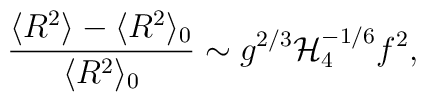
\frac{\langle R^2 \rangle - \langle R^2 \rangle_0}{\langle R^2 \rangle_0}\sim g^{2/3} {\cal H}_4^{-1/6} f^2,